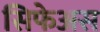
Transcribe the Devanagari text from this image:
सिफेअस